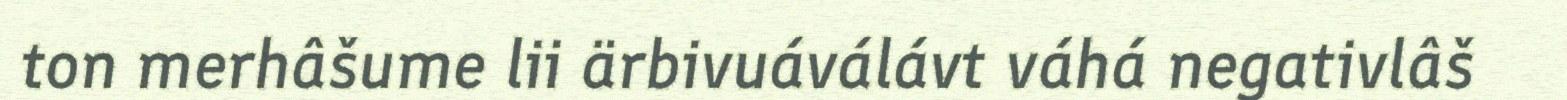
ton merhâšume lii ärbivuáválávt váhá negativlâš